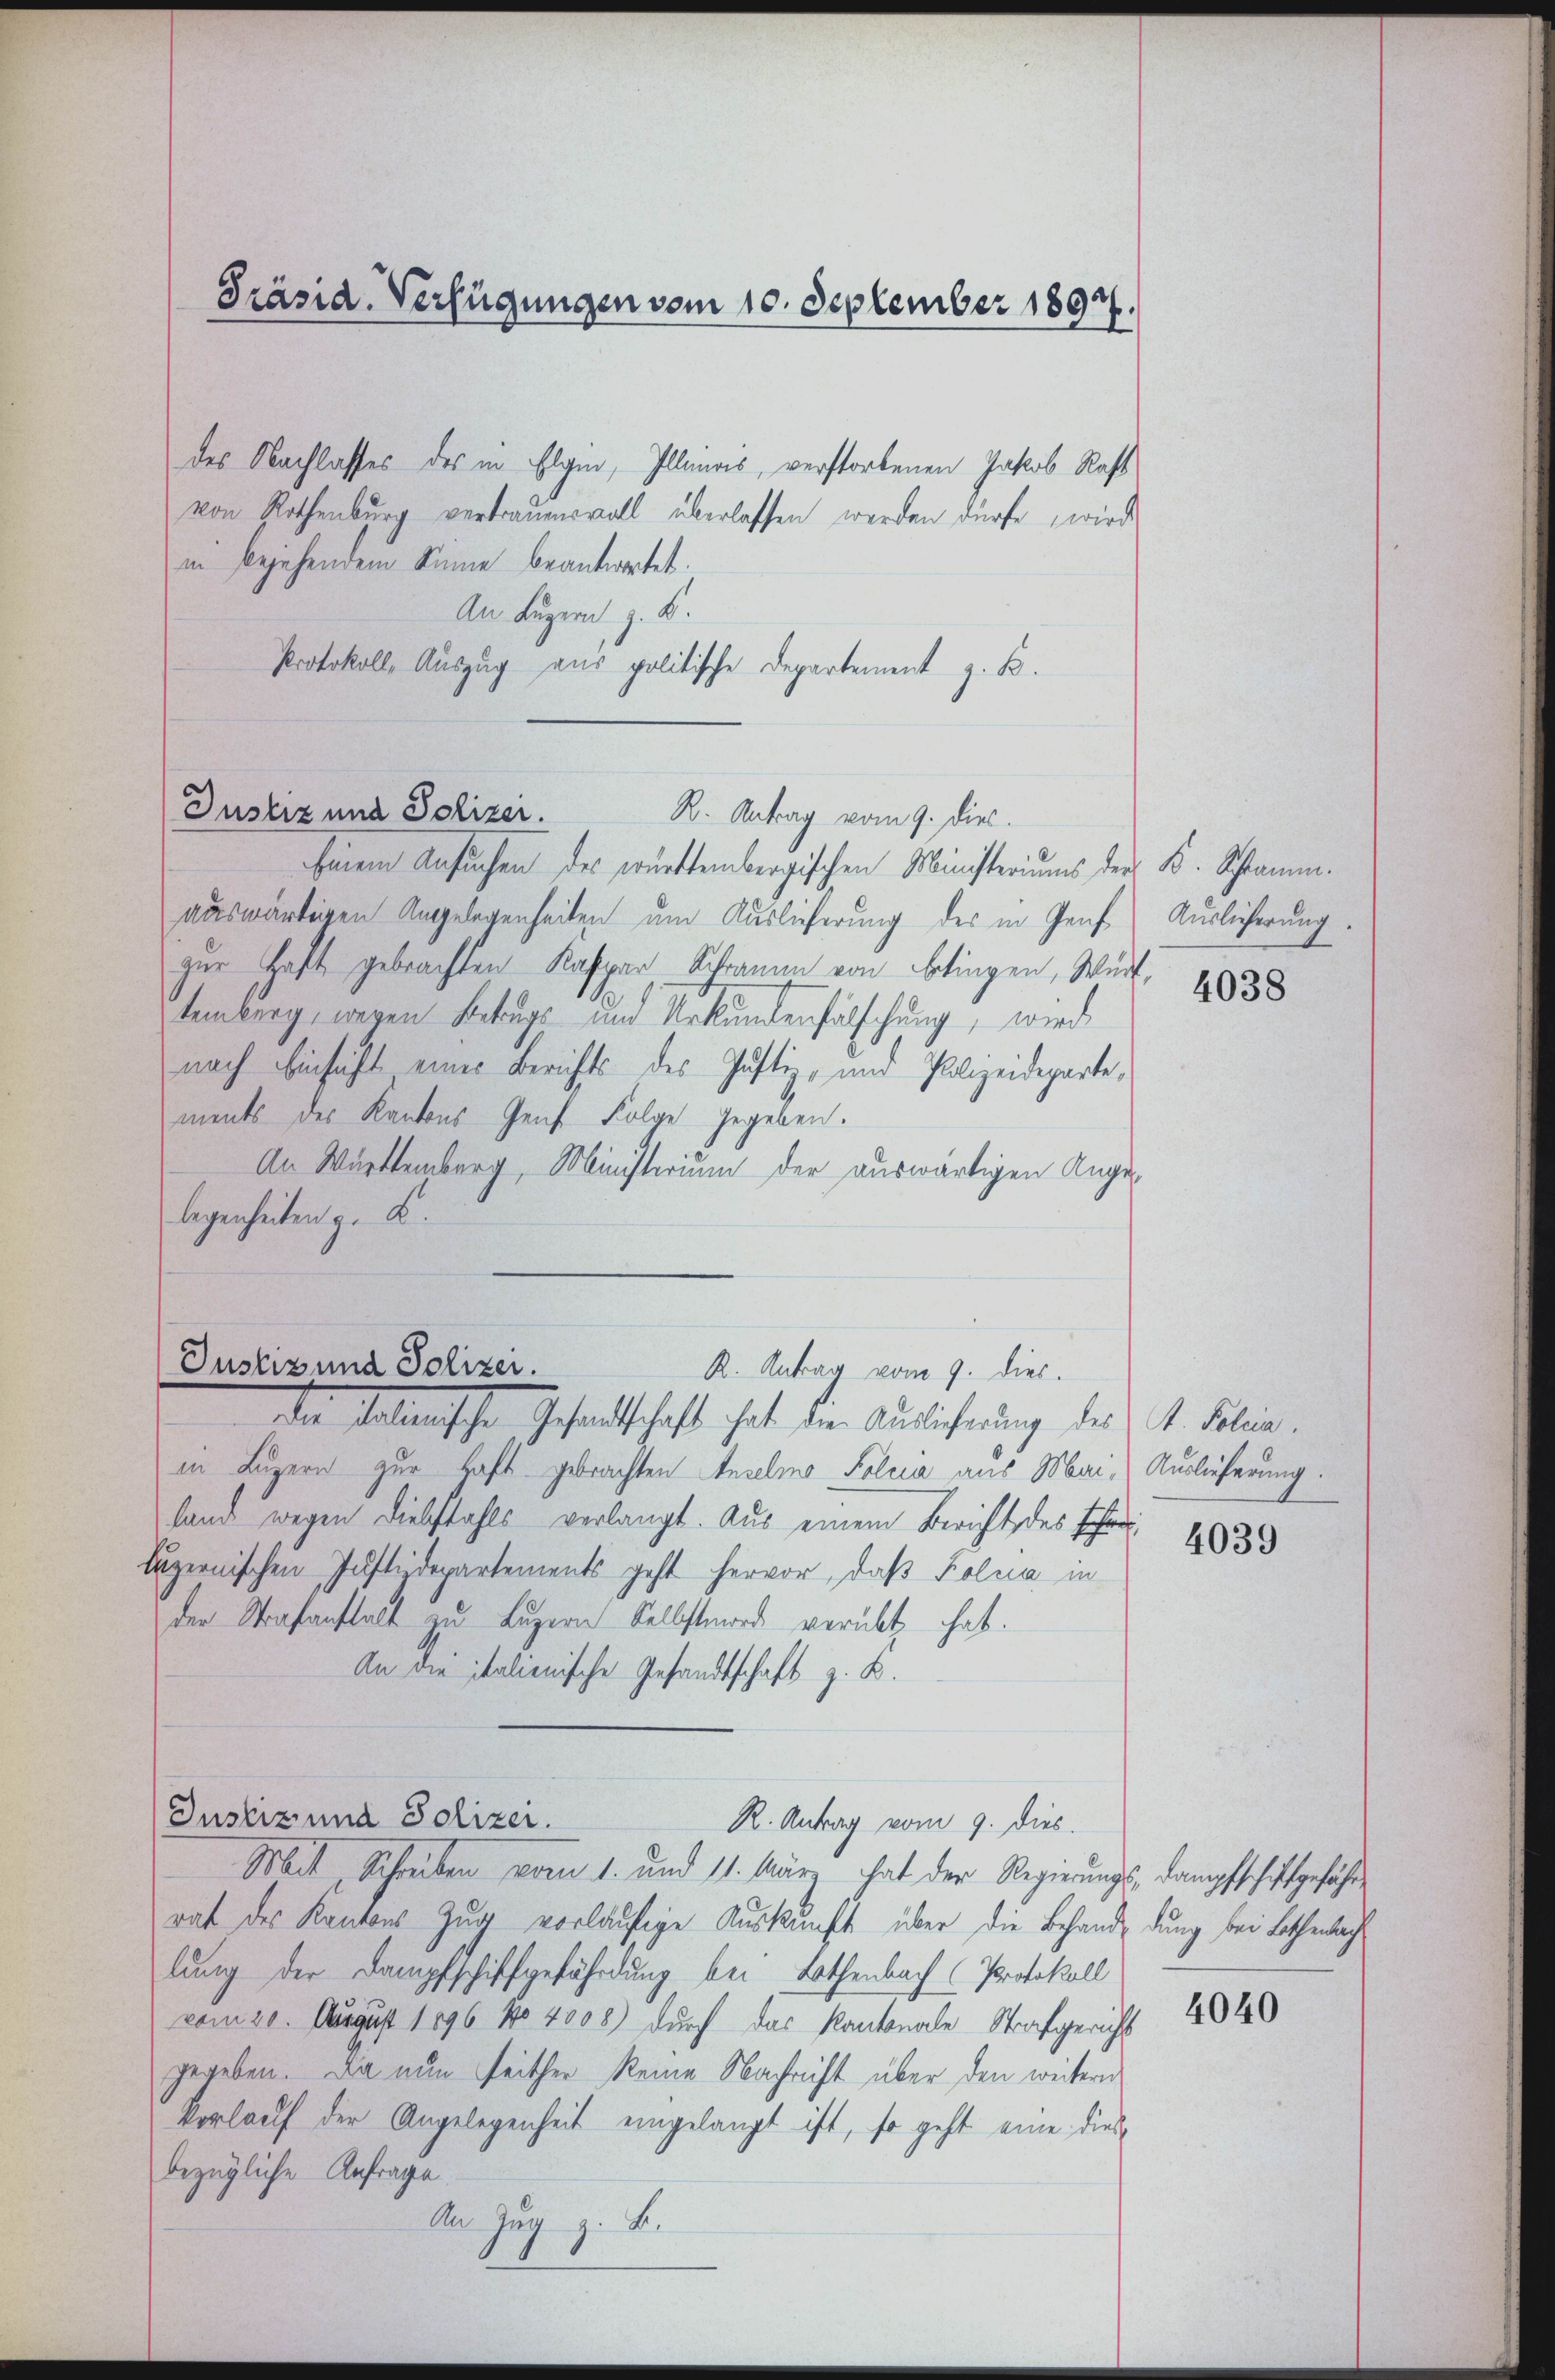
in begehendem Sinne beantwortet.
An Luzern, z. B.
Protokoll, Auszug aus politische Departement z. B.

Justiz und Polizei.
R. Antrag vom 9. dies.
Der Salienische Gesandtschaft hat der Auslicherung der 4. Selin.

Präsid. Verfügungen vom 10. September 1897.

Justiz und Polizer. K. Antrag vom 9. dies

des Nachlasses des in Elgin, Illandis, verstorbenen Jakob Rast
von Rothenburg vertrauensvoll überlassen worden dürfe, wird

beinem Ansuchen des württembergischen Ministeriums der K. Astamm.
auswärtigen Angelegenheiten um Auslieferung des in Genf Auslieferung.
zur Haft gebrachten Kaspar Schramm von betingen, Württemberg, wegen Bekurs und Urkundenfälschung, wird
nach Einsicht eines Berichts des Justiz- und Polizeideparte,
ments des Kantons Genf Folge gegeben.
An Württemberg, Ministerium der auswärtigen Angelegenheiten z. B.
in Luzern zur Haft gebrachten Anselmo Polcia aus Mai- Auslieferung.
land wegen Diebstahls verlangt. Aus einem Bericht des Eheluzernischen Justizdepartements geht hervor, daß Polica in
der Strafanstalt zu Luzern Selbstmorde verübt hat.
An die italienische Gesandtschaft z. B.
Justiz und Polizei.
R. Antrag vom 9. dies
Mit Schreiben vom 1. und 11. Mär hat der Regierungs dampfschaft gefährrat des Kantons Zug vorläufige Auskunft über die Behandendung bei Lothenbacht
lung der Dampfschiffgefährdung bei Lothenbach (Protokoll
vom 20. August 1896 No 4008) durch das Kantonale Strafgericht
gegeben. Da nun seither keine Nachricht über den weitern
Vorlauf der Angelegenheit eingelangt ist, so geht eine diesbezügliche Anfrage
An Zug z. B.

4038

4039

4040